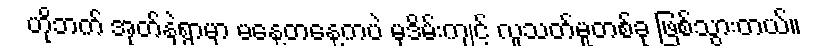
ဟိုဘက် အုတ်နှဲရွာမှာ မနေ့တနေ့ကပဲ မုဒိမ်းကျင့် လူသတ်မှုတစ်ခု ဖြစ်သွားတယ်။